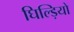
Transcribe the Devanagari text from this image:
घिल्ड़ियो